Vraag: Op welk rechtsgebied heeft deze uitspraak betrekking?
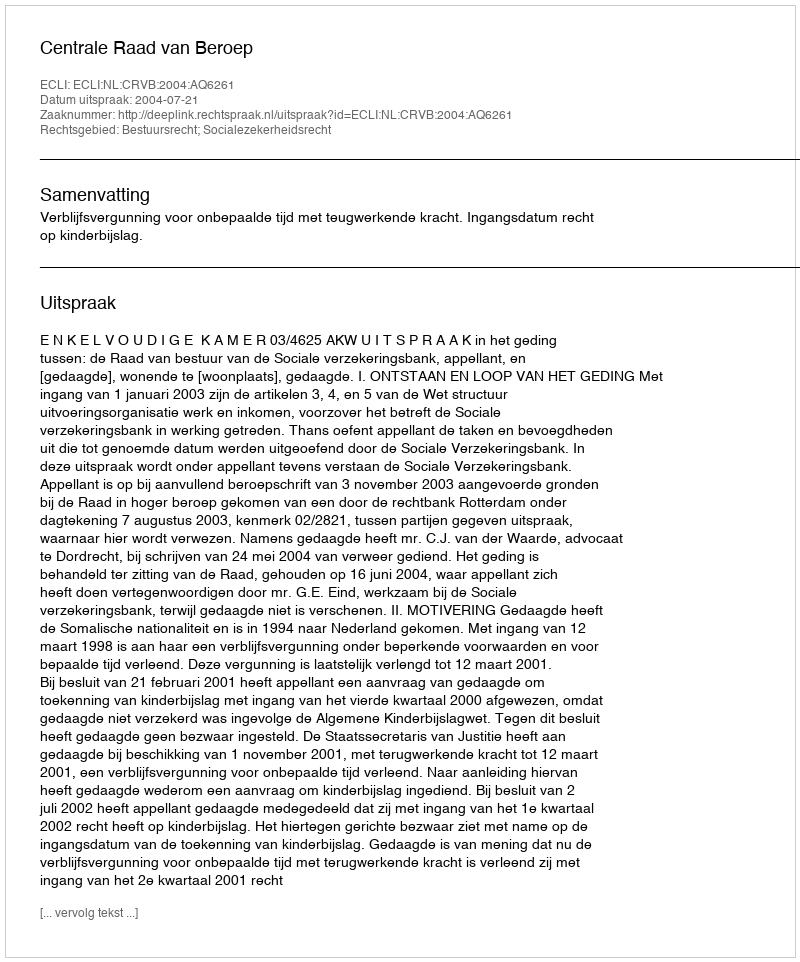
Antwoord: Bestuursrecht; Socialezekerheidsrecht